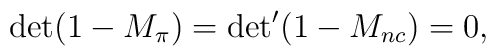
{\det(1-M_\pi)= {\det}'(1-M_{nc}) = 0,}